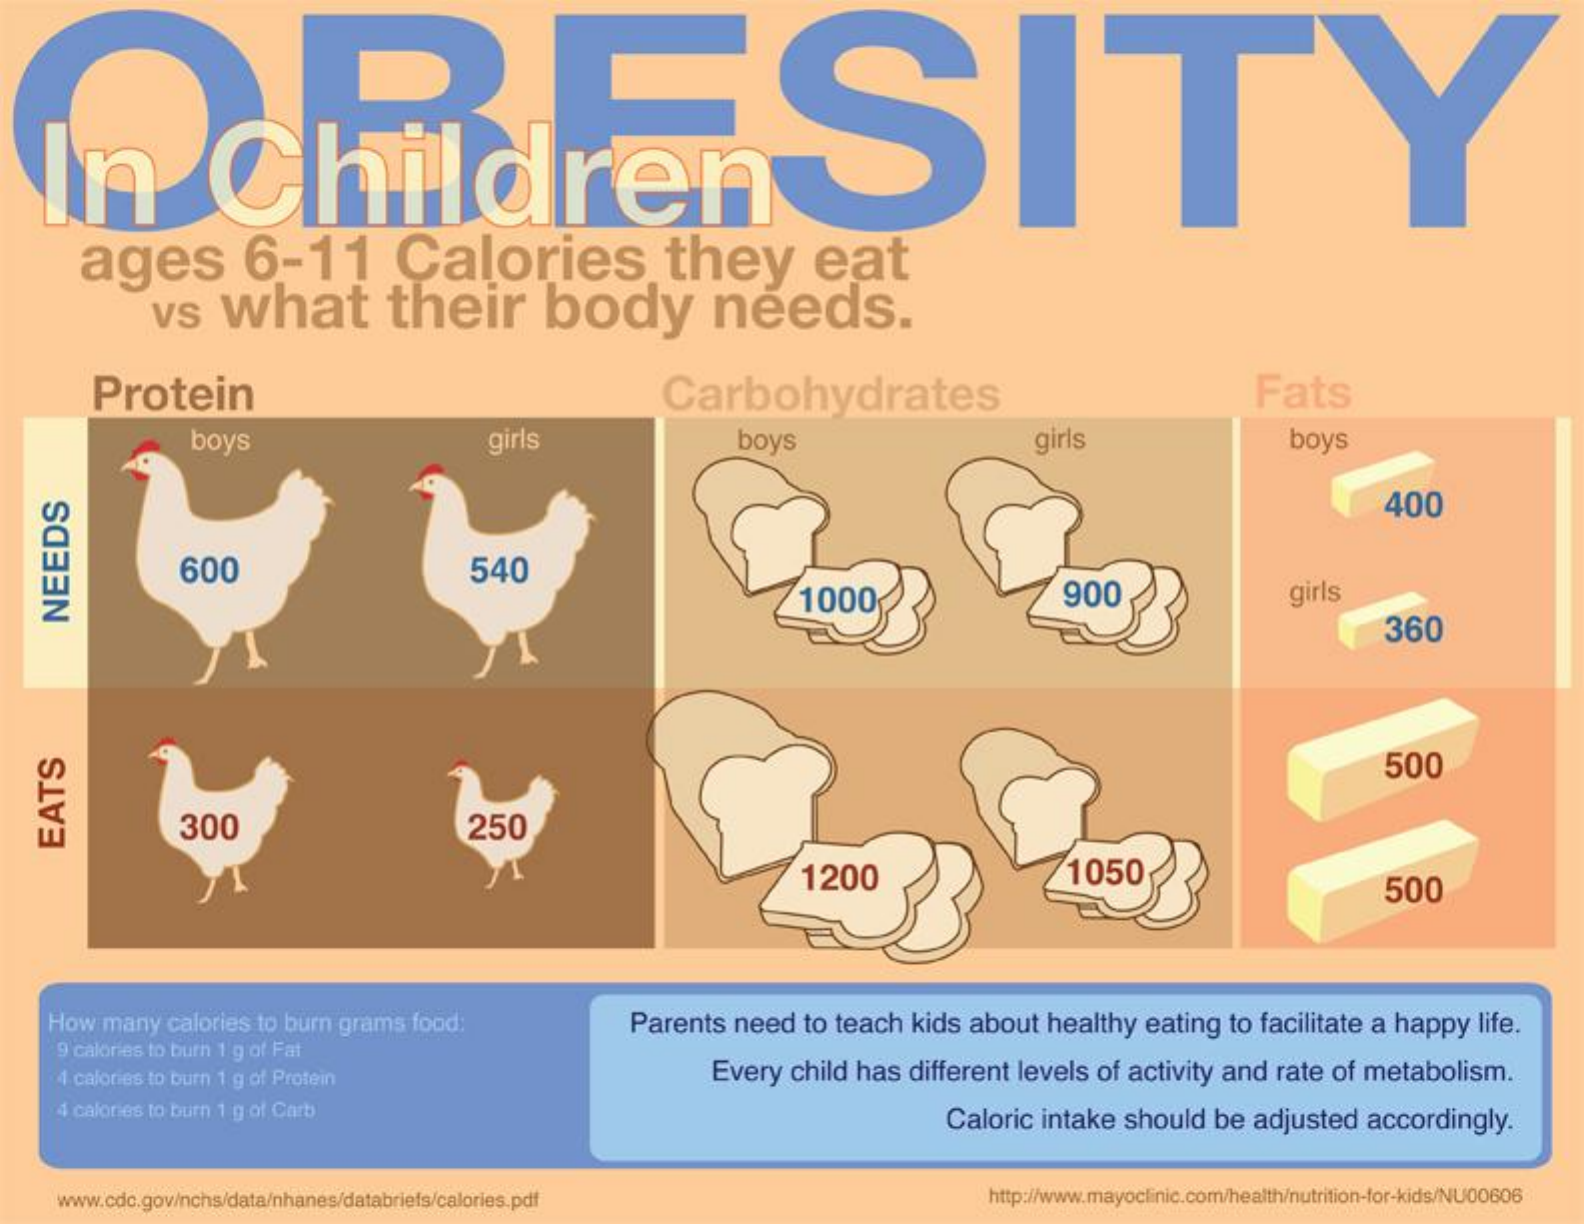
DESITY In Children
     ages    6-11    Calories    they    eat
     vs  what    their    body    needs.
     Protein    Carbohydrates    Fats
     boys    girls    boys    girls    boys
     400
     600    540
     1000    900    girls
     360
   NEEDS
     500
     300    250
   EATS
     1200    1050
     500
    How many calories to burn grams food:    Parents need to teach kids about healthy eating to facilitate a happy life.
     9 calories to burn 1 g of Fat
     4 calories to burn 1 g of Protein    Every child has different levels of activity and rate of metabolism.
     4 calories to burn 1 g of Carb    Caloric intake should be adjusted accordingly.
     www.cdc.gov/nchs/data/nhanes/databriefs/calories.pdf    http://www.mayoclinic.com/health/nutrition-for-kids/NU00606